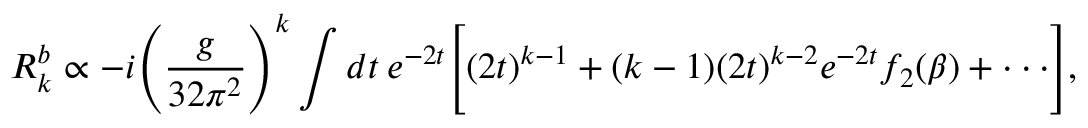
R _ { k } ^ { b } \propto - i \Bigg ( \frac { g } { 3 2 \pi ^ { 2 } } \Bigg ) ^ { k } \int d t \: e ^ { - 2 t } \Bigg [ ( 2 t ) ^ { k - 1 } + ( k - 1 ) ( 2 t ) ^ { k - 2 } e ^ { - 2 t } f _ { 2 } ( \beta ) + \cdot \cdot \cdot \Bigg ] ,